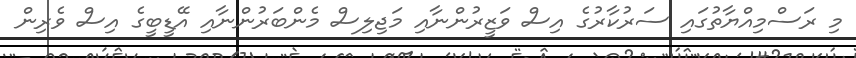
މި ރަސްމިއްޔާތުގައި ސަރުކާރުގެ އިސް ވަޒީރުންނާއި މަޖިލިސް މެންބަރުންނާއި އޭޑީބީގެ އިސް ވެރިން